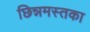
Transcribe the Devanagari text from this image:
छिन्नमस्तका